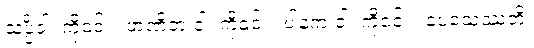
သပ္ပိံဝါ၊ ကို၎င်း။ ဖာဏိတံ ဝါ၊ ကို၎င်း။ ပါနကံ ဝါ၊ ကို၎င်း။ ပေသေဿတိ၊